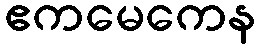
ဧကမေကေန